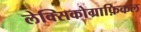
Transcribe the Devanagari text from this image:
लेक्सिकोग्राफ़िकल